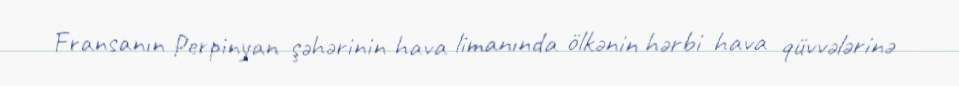
Fransanın Perpinyan şəhərinin hava limanında ölkənin hərbi hava qüvvələrinə